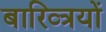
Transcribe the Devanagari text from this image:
बारिव्त्रयों